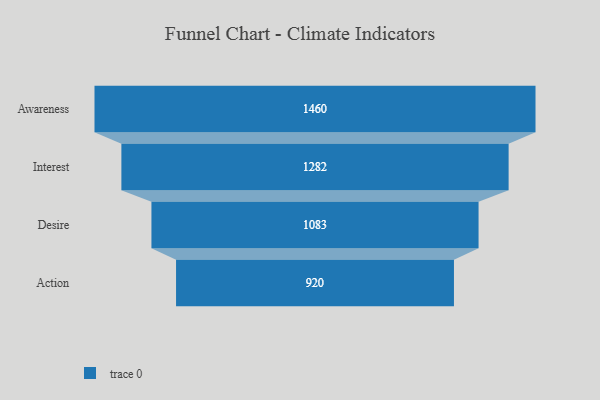
{"axis": {"x": "Stage", "y": "Value"}, "legend": [""], "data": [{"x": "Awareness", "y": 1460.0, "type": ""}, {"x": "Interest", "y": 1282.0, "type": ""}, {"x": "Desire", "y": 1083.0, "type": ""}, {"x": "Action", "y": 920.0, "type": ""}]}